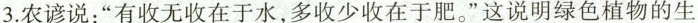
3.农谚说：”有收无收在于水，多收少收在于肥。”这说明绿色植物的生